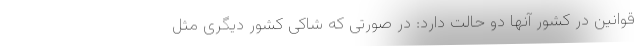
قوانین در کشور آنها دو حالت دارد: در صورتی که شاکی کشور دیگری مثل